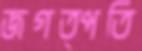
জগত্পতি